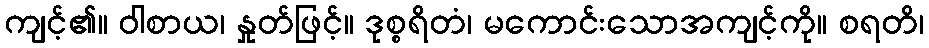
ကျင့်၏။ ဝါစာယ၊ နှုတ်ဖြင့်။ ဒုစ္စရိတံ၊ မကောင်းသောအကျင့်ကို။ စရတိ၊